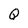
Character: Q